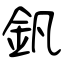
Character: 釩